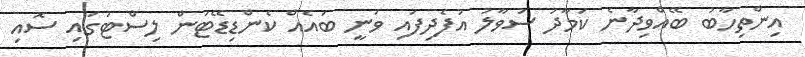
އިންތިހާބު ބޭއްވިދާނެ ކަމާދު ސުވާލު އުފެދިފައި ވަނީ ބައެއް ކެންޑިޑޭޓުން ލިސްޓުގައި ސޮއި